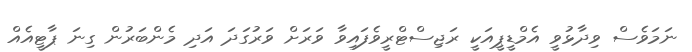
ނަމަވެސް ވިދާޅުވީ އެމްޑީޕީއަކީ ރަޖިސްޓްރީވެފައިވާ ވަރަށް ވަރުގަދަ އަދި މެންބަރުން ގިނަ ޕާޓީއެއް